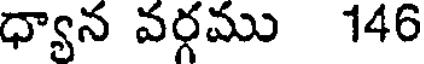
ధ్యాన వర్గము 146